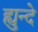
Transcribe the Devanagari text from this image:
ह्युन्दे